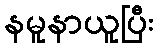
နမူနာယူပြီး